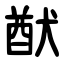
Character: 猷